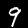
Label: 9